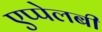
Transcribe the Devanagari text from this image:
एप्पेलबी